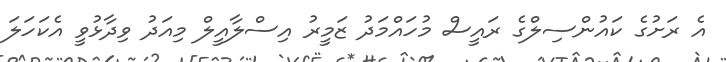
އެ ރަށުގެ ކައުންސިލްގެ ރައީސް މުހައްމަދު ޒަމީރު އިސްލާއީލް މިއަދު ވިދާޅުވީ އެކަހަލަ